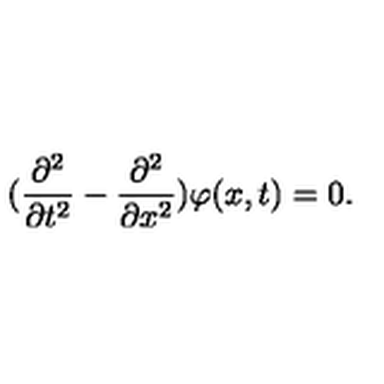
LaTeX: ( \frac { \partial ^ { 2 } } { \partial t ^ { 2 } } - \frac { \partial ^ { 2 } } { \partial x ^ { 2 } } ) \varphi ( x , t ) = 0 .